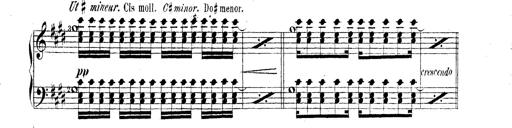
Title: Technische Studien
Composer: Franz Liszt